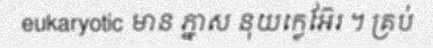
eukaryotic មាន ភ្នាស នុយក្លេអ៊ែរ ។ គ្រប់